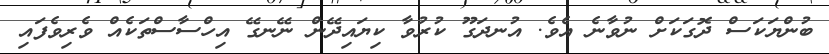
ބުންޔަކަސް ދޮގަކަށް ނުވާނެ އެވެ. އުނދަގޫ ކުރުވާ ކިޔައިދޭން ނޭނގޭ އިހްސާސްތަކެއް ވެރިވެފައި